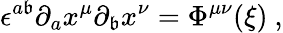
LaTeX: \epsilon^{a\mathfrak{b}}\partial_{a}x^{\mu}\partial_{\mathfrak{b}}x^{\nu}=\Phi^{\mu\nu}({\xi})\ ,